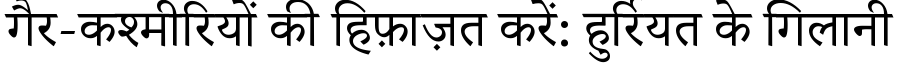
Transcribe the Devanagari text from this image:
गैर-कश्मीरियों की हिफ़ाज़त करें: हुर्रियत के गिलानी